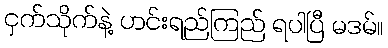
ငှက်သိုက်နဲ့ ဟင်းရည်ကြည် ရပါပြီ မဒမ်။